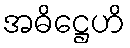
အဓိဋ္ဌေဟိ